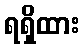
ရရှိထား